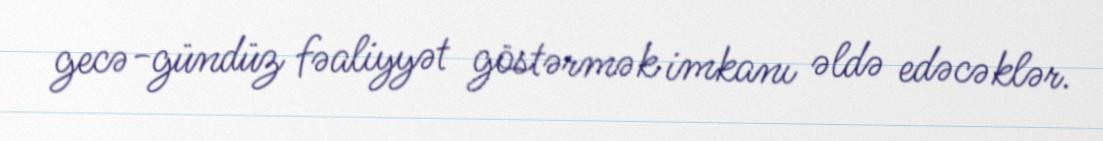
gecə-gündüz fəaliyyət göstərmək imkanı əldə edəcəklər.